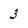
Character: 3